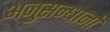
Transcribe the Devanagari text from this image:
अनुसन्धानो